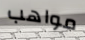
مواهب